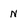
Character: N